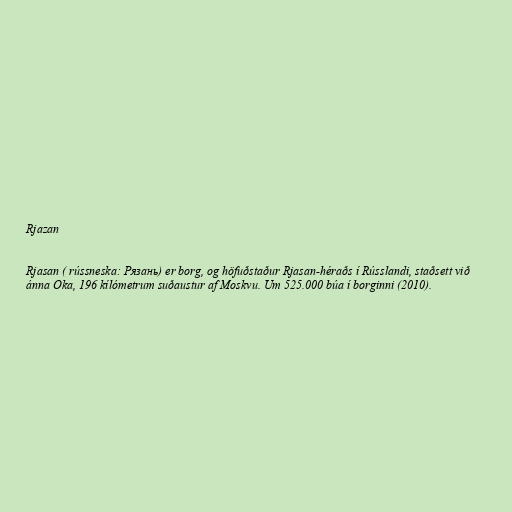
Rjazan

Rjasan ( rússneska: Рязань) er borg, og höfuðstaður Rjasan-héraðs í Rússlandi, staðsett við
ánna Oka, 196 kílómetrum suðaustur af Moskvu. Um 525.000 búa í borginni (2010).